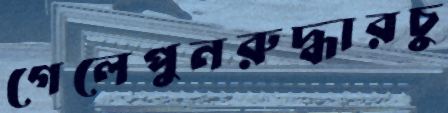
গেলেপুনরুদ্ধারচু